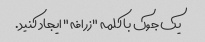
یک جوک با کلمه "زرافه" ایجاد کنید.